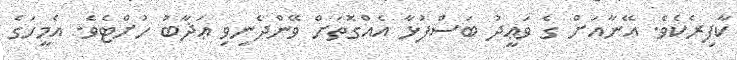
ކާފިރެކެވެ. އޭނާއަށް ގެ ވަޢީދު ބަސްފުޅާ އެއްގޮތަށް ވޭންދެނިވި ޢަޛާބު ހުށްޓެވެ. އެމީހަގެ